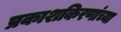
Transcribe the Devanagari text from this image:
प्रकाशकिरणांच्या